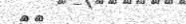
٥٩